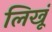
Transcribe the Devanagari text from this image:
लिखूं